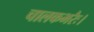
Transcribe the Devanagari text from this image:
चालकभरैः।